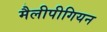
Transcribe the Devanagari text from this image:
मैलीपीगियन